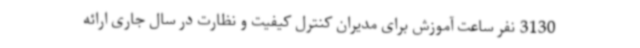
3130 نفر ساعت آموزش برای مدیران کنترل کیفیت و نظارت در سال جاری ارائه